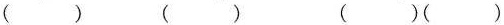
() () ()()